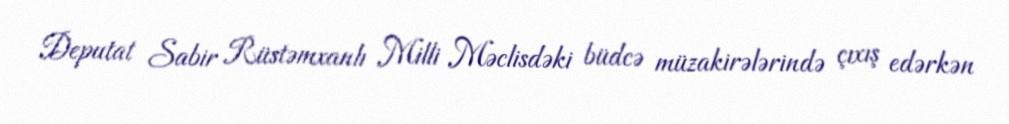
Deputat Sabir Rüstəmxanlı Milli Məclisdəki büdcə müzakirələrində çıxış edərkən